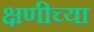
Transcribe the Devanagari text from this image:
क्षणीच्या